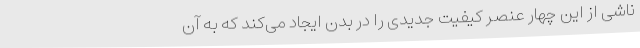
ناشی از این چهار عنصر کیفیت جدیدی را در بدن ایجاد می‌کند که به آن